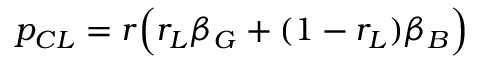
p _ { C L } = r \Big ( r _ { L } \beta _ { G } + ( 1 - r _ { L } ) \beta _ { B } \Big )